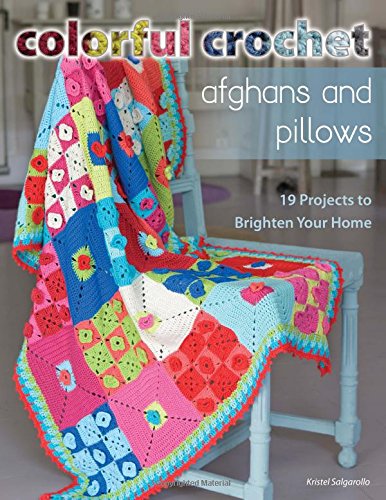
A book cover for Colorful Crochet Afghans and Pillows: 19 Projects to Brighten Your Home; Kristel Salgarollo; Crafts, Hobbies & Home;